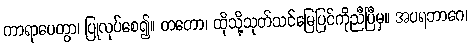
ကာရာပေတွာ၊ ပြုလုပ်စေ၍။ တတော၊ ထိုသို့သုတ်သင်မြေပြင်ကိုညီပြီမှ။ အပရဘာဂေ၊